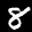
Label: 8